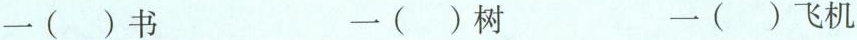
一( )书 一( )树 一( )飞机